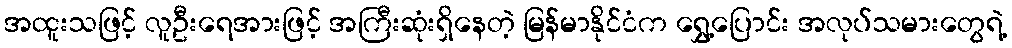
အထူးသဖြင့် လူဦးရေအားဖြင့် အကြီးဆုံးရှိနေတဲ့ မြန်မာနိုင်ငံက ရွှေ့ပြောင်း အလုပ်သမားတွေရဲ့